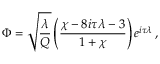
\Phi = \sqrt { \frac { \lambda } { Q } } \left( \frac { \chi - 8 i \tau \lambda - 3 } { 1 + \chi } \right) e ^ { i \tau \lambda } \, ,